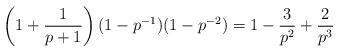
LaTeX: \begin{align*}\left(1+\frac{1}{p+1}\right)(1-p^{-1})(1-p^{-2})=1-\frac{3}{p^2}+\frac{2}{p^3}\end{align*}